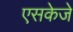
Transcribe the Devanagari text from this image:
एसकेजे